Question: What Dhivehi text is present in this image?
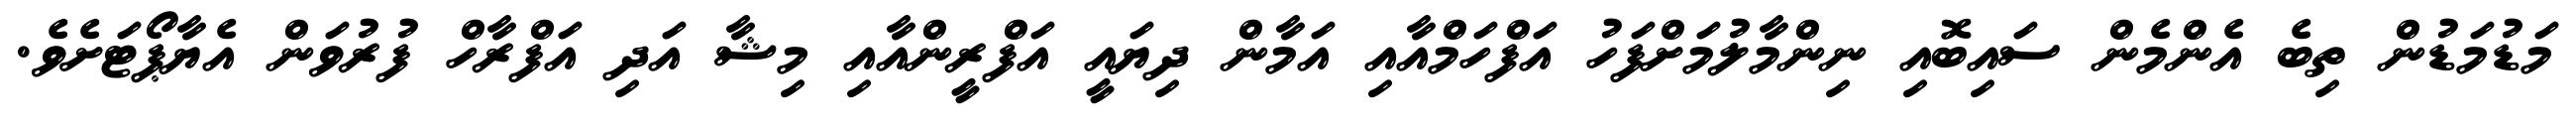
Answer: މަޑުމަޑުން ތިބެ އެންމެން ސައިބޮއި ނިންމާލުމަށްފަހު އަފްހަމްއާއި އަމާން ދިޔައީ އަފްރީންއާއި މިޝާ އަދި އަފްރާހް ފުރުވަން އެޔާޕޯޓަށެވެ.